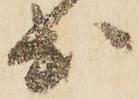
出